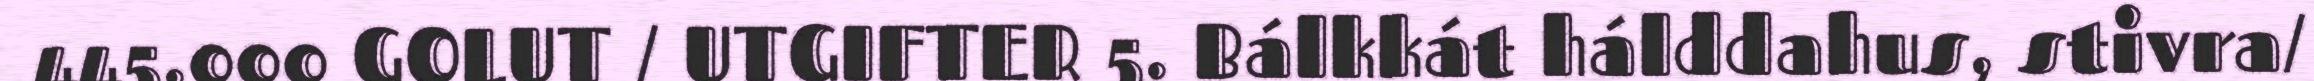
445.000 GOLUT / UTGIFTER 5. Bálkkát hálddahus, stivra/